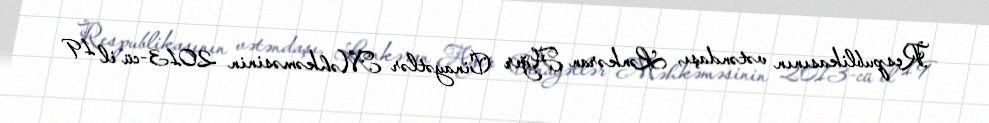
Respublikasının vətəndaşı, Lənkəran Ağır Cinayətlər Məhkəməsinin 2013-cü il 19